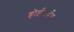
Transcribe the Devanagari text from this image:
होईपर्यत